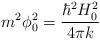
LaTeX: \begin{align*}m^2\phi _0^2=\frac{\hbar ^2H_0^2}{4\pi k} \end{align*}